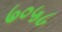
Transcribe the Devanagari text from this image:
७०५८